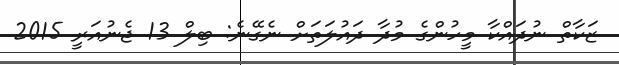
ޒަކާތް ނުދައްކާ މީހުންގެ މުދާ ދައުލަތަށް ނެގޭނެ: ބިލް 13 ޖެނުއަރީ 2015